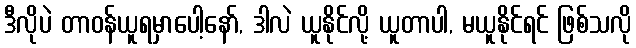
ဒီလိုပဲ တာဝန်ယူရမှာပေါ့နော်, ဒါလဲ ယူနိုင်လို့ ယူတာပါ, မယူနိုင်ရင် ဖြစ်သလို